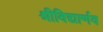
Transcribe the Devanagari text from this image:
श्रीविद्यार्णव